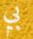
بي